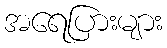
အရေပြားများ